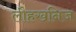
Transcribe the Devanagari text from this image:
लौहखनिज